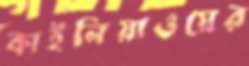
কাইলিয়াওয়ের